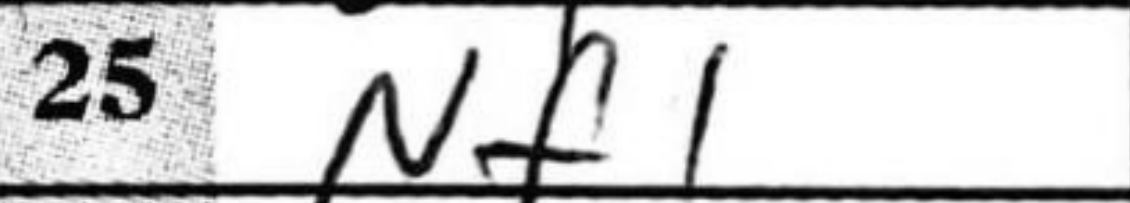
Transcription: Nf1